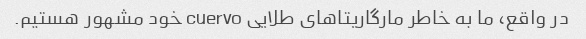
در واقع، ما به خاطر مارگاریتاهای طلایی cuervo خود مشهور هستیم.